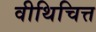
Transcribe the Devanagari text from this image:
वीथिचित्त